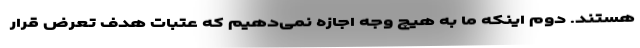
هستند. دوم اینکه ما به هیچ وجه اجازه نمی‌دهیم که عتبات هدف تعرض قرار